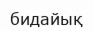
бидайық